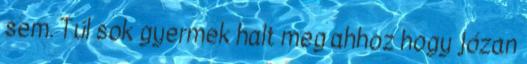
sem. Túl sok gyermek halt meg ahhoz hogy józan